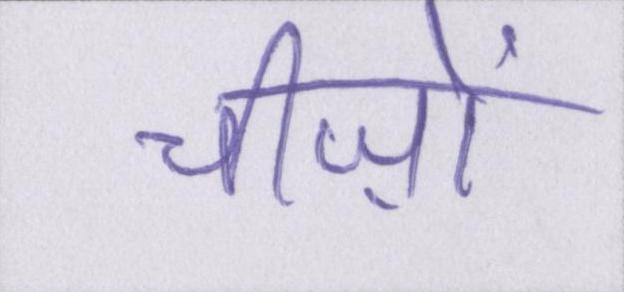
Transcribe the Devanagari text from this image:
चीज़ों